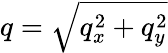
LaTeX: q=\sqrt{q_{x}^{2}+q_{y}^{2}}